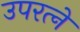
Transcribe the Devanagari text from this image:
उपरत्‍ने